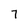
Character: 7